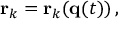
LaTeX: \mathbf { r } _ { k } = \mathbf { r } _ { k } ( \mathbf { q } ( t ) ) \, ,